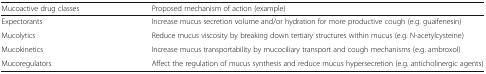
<table><thead><tr><td><b>Mucoactive drug classes</b></td><td><b>Proposed mechanism of action (example)</b></td></tr></thead><tbody><tr><td>Expectorants</td><td>Increase mucus secretion volume and/or hydration for more productive cough (e.g. guaifenesin)</td></tr><tr><td>Mucolytics</td><td>Reduce mucus viscosity by breaking down tertiary structures within mucus (e.g. N-acetylcysteine)</td></tr><tr><td>Mucokinetics</td><td>Increase mucus transportability by mucociliary transport and cough mechanisms (e.g. ambroxol)</td></tr><tr><td>Mucoregulators</td><td>Affect the regulation of mucus synthesis and reduce mucus hypersecretion (e.g. anticholinergic agents)</td></tr></tbody></table>